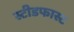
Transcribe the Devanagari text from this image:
स्टीडफास्ट